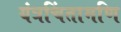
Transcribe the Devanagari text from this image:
यंत्रचिंतामणि